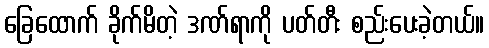
ခြေထောက် ခိုက်မိတဲ့ ဒဏ်ရာကို ပတ်တီး စည်းပေးခဲ့တယ်။